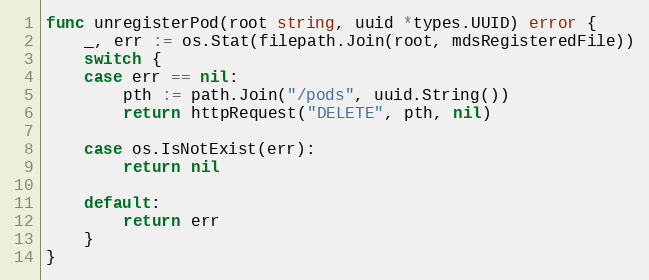
Language: Go
func unregisterPod(root string, uuid *types.UUID) error {
	_, err := os.Stat(filepath.Join(root, mdsRegisteredFile))
	switch {
	case err == nil:
		pth := path.Join("/pods", uuid.String())
		return httpRequest("DELETE", pth, nil)

	case os.IsNotExist(err):
		return nil

	default:
		return err
	}
}